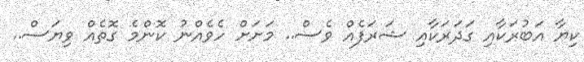
ކިޔާ އަބުރަކާއި ގަދަރަކާއި ޝަރަފެއް ވެސް.. މަށަށް ހެވެއްނު ކޮންމެ ގޮތެއް ވިޔަސް..